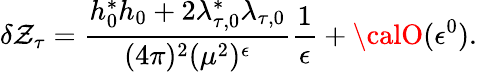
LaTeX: \delta\mathcal{Z}_{\tau}=\frac{{h_{0}^{*}h_{0}+2\lambda_{\tau,0}^{*}\lambda_{\tau,0}}}{{(4\pi)^{2}(\mu^{2})^{\epsilon}}}\frac{{1}}{{\epsilon}}+{\calO}(\epsilon^{0}).